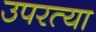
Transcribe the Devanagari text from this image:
उपरत्या